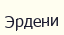
Эрдени